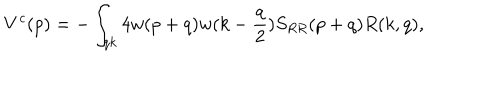
LaTeX: V ^ { c } ( p ) = - \int _ { q k } 4 w ( p + q ) w ( k - { \frac { q } { 2 } } ) S _ { R R } ( p + q ) R ( k , q ) ,